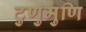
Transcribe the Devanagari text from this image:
टुणुमुणि